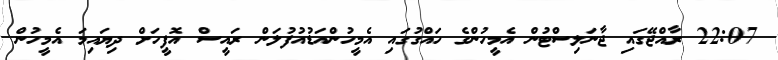
22:07 ރާއްޖޭގައި ޖާނަލިސްޓުން އެމީހުންގެ ހައްގުގައި އެމީހުންއަޑުއުފުލަން ރައީސް އޮފީހަށް ދިޔައިމަ އެމީހުން